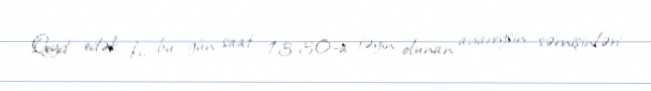
Qeyd edək ki, bu gün saat 13:30-a təyin olunan aviareysin sərnişinləri